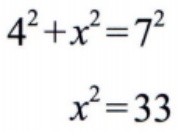
\[
\begin{align*}
4^{2}+x^{2}&=7^{2}\\
x^{2}&=33
\end{align*}
\]